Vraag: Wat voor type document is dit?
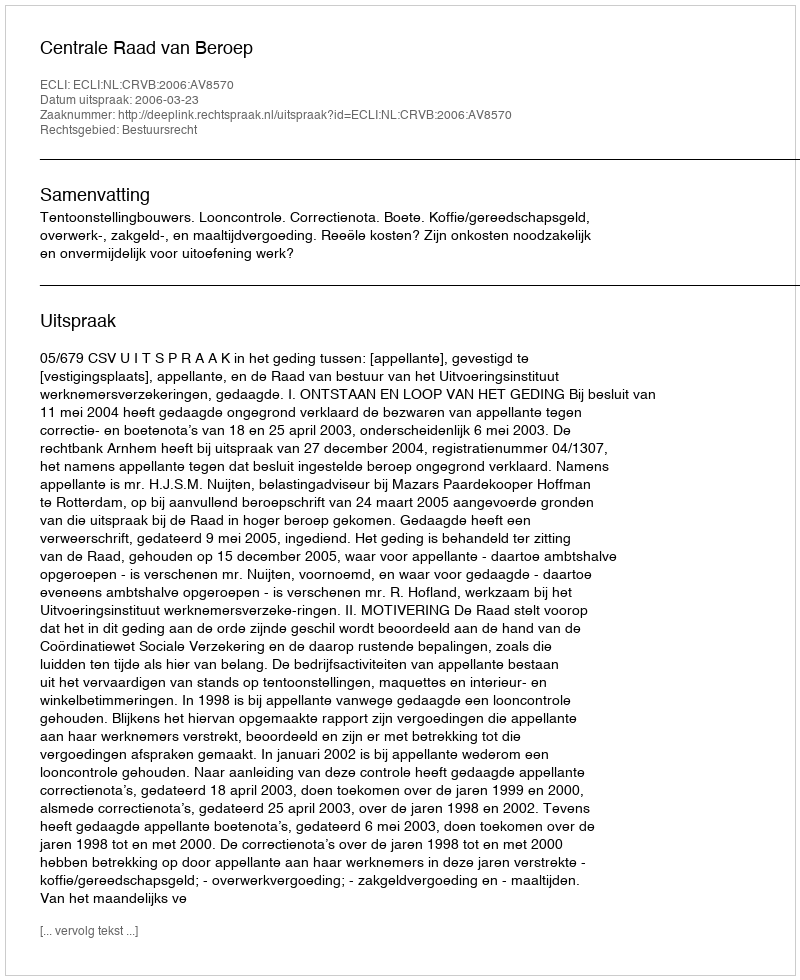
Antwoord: Uitspraak